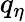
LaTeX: q_{\eta}